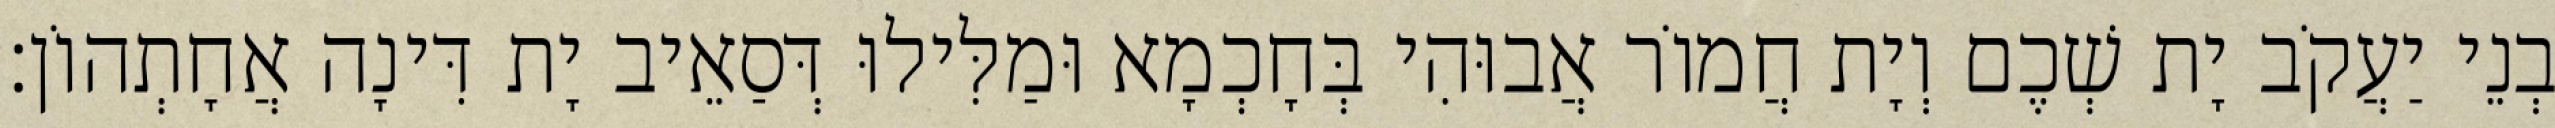
בְנֵי יַעֲקֹב יָת שְׁכֶם וְיָת חֲמוֹר אֲבוּהִי בְּחָכְמָא וּמַלִּילוּ דְּסַאֵיב יָת דִּינָה אֲחָתְהוֹן׃